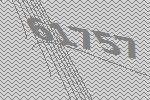
61757